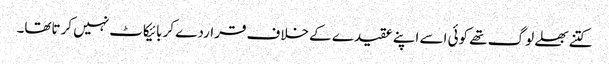
کتنے بھلے لوگ تھے کوئی اسے اپنے عقیدے کے خلاف قراردے کر بائیکاٹ نہیں کرتاتھا۔